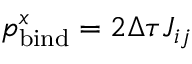
p _ { \mathrm { b i n d } } ^ { x } = 2 \Delta \tau J _ { i j }